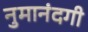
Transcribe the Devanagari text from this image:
नुमानंदगी